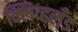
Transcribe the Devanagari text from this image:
क्लिव्हलँड